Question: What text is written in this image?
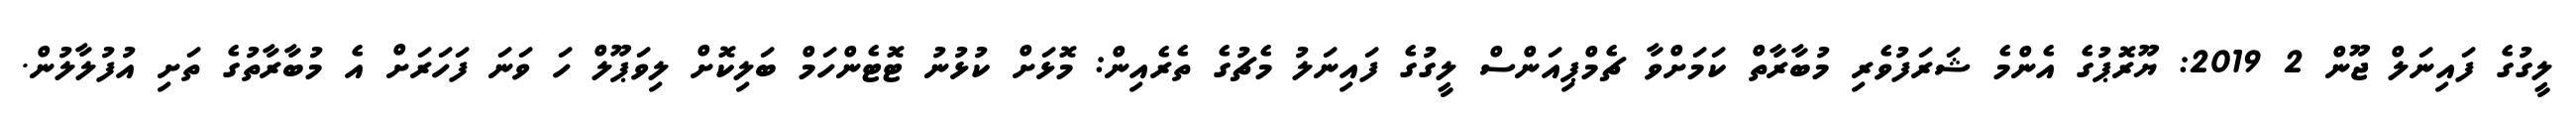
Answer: ލީގުގެ ފައިނަލް ޖޫން 2 2019: ޔޫރޮޕުގެ އެންމެ ޝަރަފުވެރި މުބާރާތް ކަމަށްވާ ޗެމްޕިއަންސް ލީގުގެ ފައިނަލު މެޗުގެ ތެރެއިން: މޮޅަށް ކުޅުނު ޓޮޓެންހަމް ބަލިކޮށް ލިވަޕޫލް ހަ ވަނަ ފަހަރަށް އެ މުބާރާތުގެ ތަށި އުފުލާލުން.